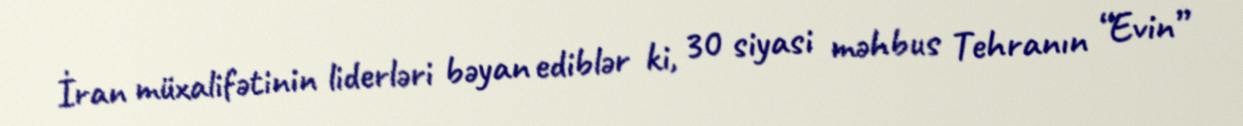
İran müxalifətinin liderləri bəyan ediblər ki, 30 siyasi məhbus Tehranın “Evin”